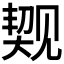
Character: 𬢐